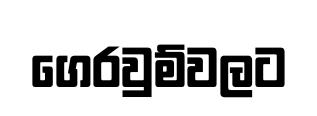
ගෙරවුම්වලට